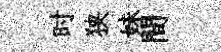
时狭妹間